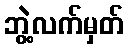
ဘွဲ့လက်မှတ်